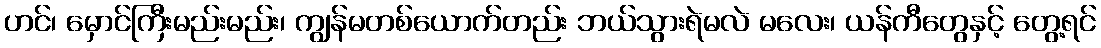
ဟင်၊ မှောင်ကြီးမည်းမည်း၊ ကျွန်မတစ်ယောက်တည်း ဘယ်သွားရဲမလဲ မလေး၊ ယန်ကီတွေနှင့် တွေ့ရင်